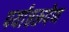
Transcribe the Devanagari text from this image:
पर्याप्तरूपेण